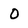
Character: 0